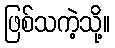
ဖြစ်သကဲ့သို့။